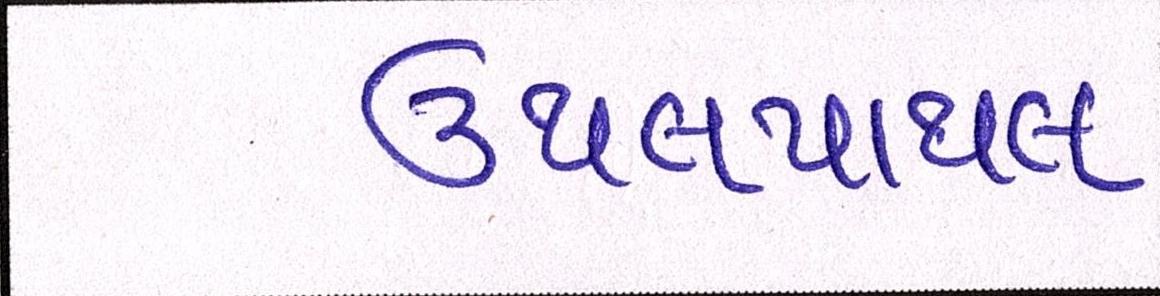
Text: ઉથલપાથલ